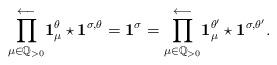
LaTeX: \begin{align*}\overset{\longleftarrow}{\prod_{\mu \in \mathbb{Q}_{> 0}}} \mathbf{1}_{\mu}^{\theta } \star \mathbf{1}^{\sigma, \theta }= \mathbf{1}^{\sigma} = \overset{\longleftarrow}{\prod_{\mu \in \mathbb{Q}_{> 0}}} \mathbf{1}_{\mu}^{\theta^{\prime} } \star \mathbf{1}^{\sigma, \theta^{\prime} }.\end{align*}